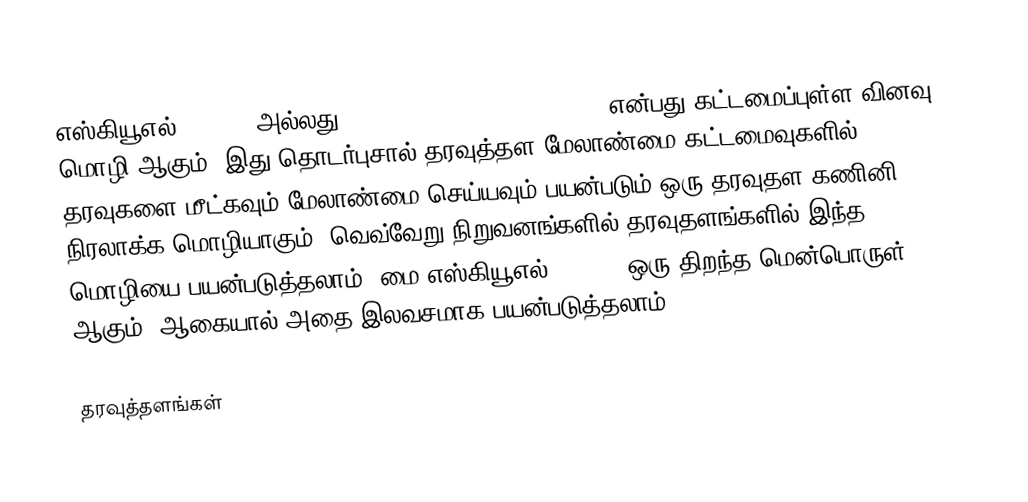
எஸ்கியூஎல் (SQL''' அல்லது Structured Query Language'') என்பது கட்டமைப்புள்ள வினவு மொழி ஆகும். இது தொடர்புசால் தரவுத்தள மேலாண்மை கட்டமைவுகளில் தரவுகளை மீட்கவும் மேலாண்மை செய்யவும் பயன்படும் ஒரு தரவுதள கணினி நிரலாக்க மொழியாகும். வெவ்வேறு நிறுவனங்களில் தரவுதளங்களில் இந்த மொழியை பயன்படுத்தலாம். மை எஸ்கியூஎல் (MySQL) ஒரு திறந்த மென்பொருள் ஆகும், ஆகையால் அதை இலவசமாக பயன்படுத்தலாம்.

தரவுத்தளங்கள்